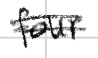
Text: four
Cross-out: double-line
Writing tool: digital_black